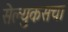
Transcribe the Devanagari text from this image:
सेल्युकसचा